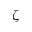
\zeta